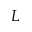
L